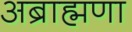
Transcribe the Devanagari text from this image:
अब्राह्मणा